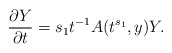
\begin{align*} \frac{\partial Y}{\partial t} = s_1 t^{-1} A (t^{s_1},y) Y . \end{align*}